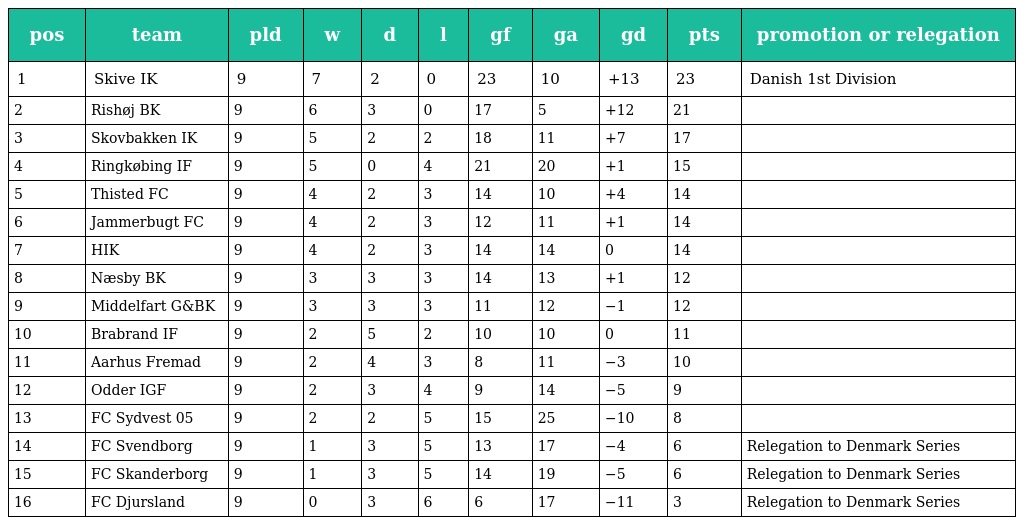
| pos | team | pld | w | d | l | gf | ga | gd | pts | promotion or relegation |
 | --- | --- | --- | --- | --- | --- | --- | --- | --- | --- | --- |
 | 1 | Skive IK | 9 | 7 | 2 | 0 | 23 | 10 | +13 | 23 | Danish 1st Division |
 | 2 | Rishøj BK | 9 | 6 | 3 | 0 | 17 | 5 | +12 | 21 |  |
 | 3 | Skovbakken IK | 9 | 5 | 2 | 2 | 18 | 11 | +7 | 17 |  |
 | 4 | Ringkøbing IF | 9 | 5 | 0 | 4 | 21 | 20 | +1 | 15 |  |
 | 5 | Thisted FC | 9 | 4 | 2 | 3 | 14 | 10 | +4 | 14 |  |
 | 6 | Jammerbugt FC | 9 | 4 | 2 | 3 | 12 | 11 | +1 | 14 |  |
 | 7 | HIK | 9 | 4 | 2 | 3 | 14 | 14 | 0 | 14 |  |
 | 8 | Næsby BK | 9 | 3 | 3 | 3 | 14 | 13 | +1 | 12 |  |
 | 9 | Middelfart G&BK | 9 | 3 | 3 | 3 | 11 | 12 | −1 | 12 |  |
 | 10 | Brabrand IF | 9 | 2 | 5 | 2 | 10 | 10 | 0 | 11 |  |
 | 11 | Aarhus Fremad | 9 | 2 | 4 | 3 | 8 | 11 | −3 | 10 |  |
 | 12 | Odder IGF | 9 | 2 | 3 | 4 | 9 | 14 | −5 | 9 |  |
 | 13 | FC Sydvest 05 | 9 | 2 | 2 | 5 | 15 | 25 | −10 | 8 |  |
 | 14 | FC Svendborg | 9 | 1 | 3 | 5 | 13 | 17 | −4 | 6 | Relegation to Denmark Series |
 | 15 | FC Skanderborg | 9 | 1 | 3 | 5 | 14 | 19 | −5 | 6 | Relegation to Denmark Series |
 | 16 | FC Djursland | 9 | 0 | 3 | 6 | 6 | 17 | −11 | 3 | Relegation to Denmark Series |